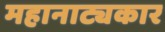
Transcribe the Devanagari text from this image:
महानाट्यकार